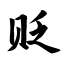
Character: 贬